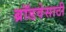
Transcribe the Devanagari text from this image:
ब्रॉडवेसाठी